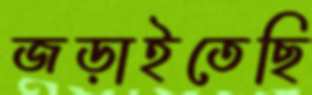
জড়াইতেছি